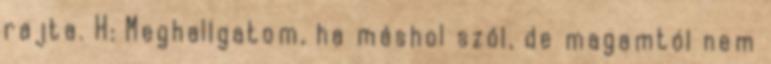
rajta. H: Meghallgatom, ha máshol szól, de magamtól nem